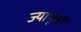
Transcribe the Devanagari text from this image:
ज्यापूर्वी